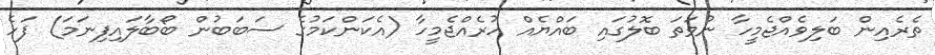
ތެރެއިން ބަލިވެއްޖެމީހާ ނުވަތަ ބޮލުގައި ބައްޔެއް ހުރެއްޖެމީހާ (އެކަންކަމުގެ ސަބަބުން ބޯބާލައިފިނަމަ) ފަހެ